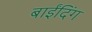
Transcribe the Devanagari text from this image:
बाईंदिंग